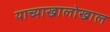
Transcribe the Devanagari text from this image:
याच्याखालोखाल